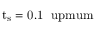
\mathrm { { t _ { s } = 0 . 1 \ \ u p m u m } }